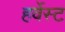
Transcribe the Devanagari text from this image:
हर्वेस्ट